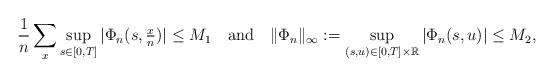
LaTeX: \begin{align*} \frac{1}{n} \sum_{x} \sup_{s \in [0,T]} | \Phi_{n}(s, \tfrac{x}{n} ) | \leq M_1 \quad\textrm{and}\quad\| \Phi_{n} \|_{\infty}:= \sup_{(s,u) \in [0,T] \times \mathbb{R}} | \Phi_n (s,u)| \leq M_2,\end{align*}